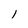
Character: l